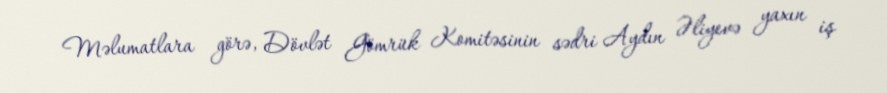
Məlumatlara görə, Dövlət Gömrük Komitəsinin sədri Aydın Əliyevə yaxın iş